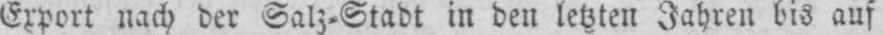
Export nach der Salz⸗Stadt in den letzten Jahren bis auf